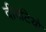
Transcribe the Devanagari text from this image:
दीवटियो